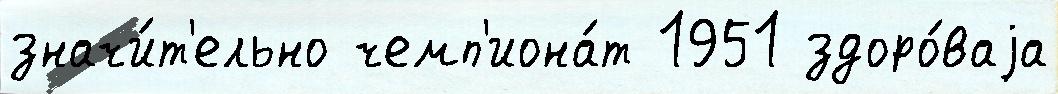
значи́т'ельно чемп'иона́т 1951 здоро́ваjа